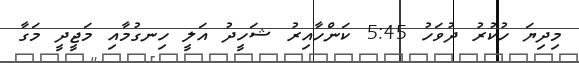
މިދިޔަ ހުކުރު ދުވަހު 5:45 ކަންހާއިރު ޝަހީދު އަލީ ހިނގުމާއި މަޖީދީ މަގާ